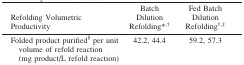
<table><thead><tr><td><b>Refolding Volumetric Productivity</b></td><td><b>Batch Dilution Refolding*,†</b></td><td><b>Fed Batch Dilution Refolding†,‡</b></td></tr></thead><tbody><tr><td>Folded product purified§ per unit volume of refold reaction (mg product/L refold reaction)</td><td>42.2, 44.4</td><td>59.2, 57.3</td></tr></tbody></table>